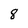
Character: 8